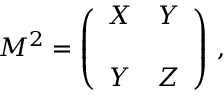
M ^ { 2 } = \left( \begin{array} { c c } { { X } } & { { Y } } \\ { { } } & { { } } \\ { { Y } } & { { Z } } \end{array} \right) \, ,